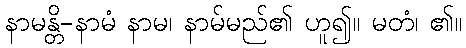
နာမန္တိ-နာမံ နာမ၊ နာမ်မည်၏ ဟူ၍။ မတံ၊ ၏။